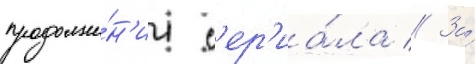
продолже́н'ии с'ер'иа́ла // За́